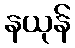
နယုန်